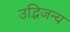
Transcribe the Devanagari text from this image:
उद्भिजन्य